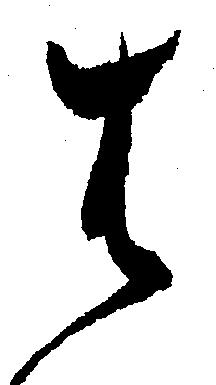
は